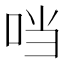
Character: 𪠽